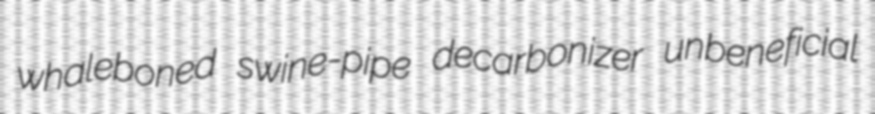
whaleboned swine-pipe decarbonizer unbeneficial